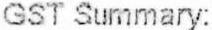
GST SUMMARY: